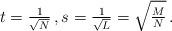
LaTeX: \begin{align*}t = \tfrac{1}{\sqrt{N}} \,, s = \tfrac{1}{\sqrt{L}} = \sqrt{\tfrac{M}{N}} \,.\end{align*}